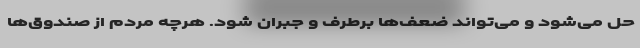
حل می‌شود و می‌تواند ضعف‌ها برطرف و جبران شود. هرچه مردم از صندوق‌ها